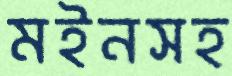
মইনসহ